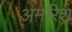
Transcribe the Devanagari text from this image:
अमरिश